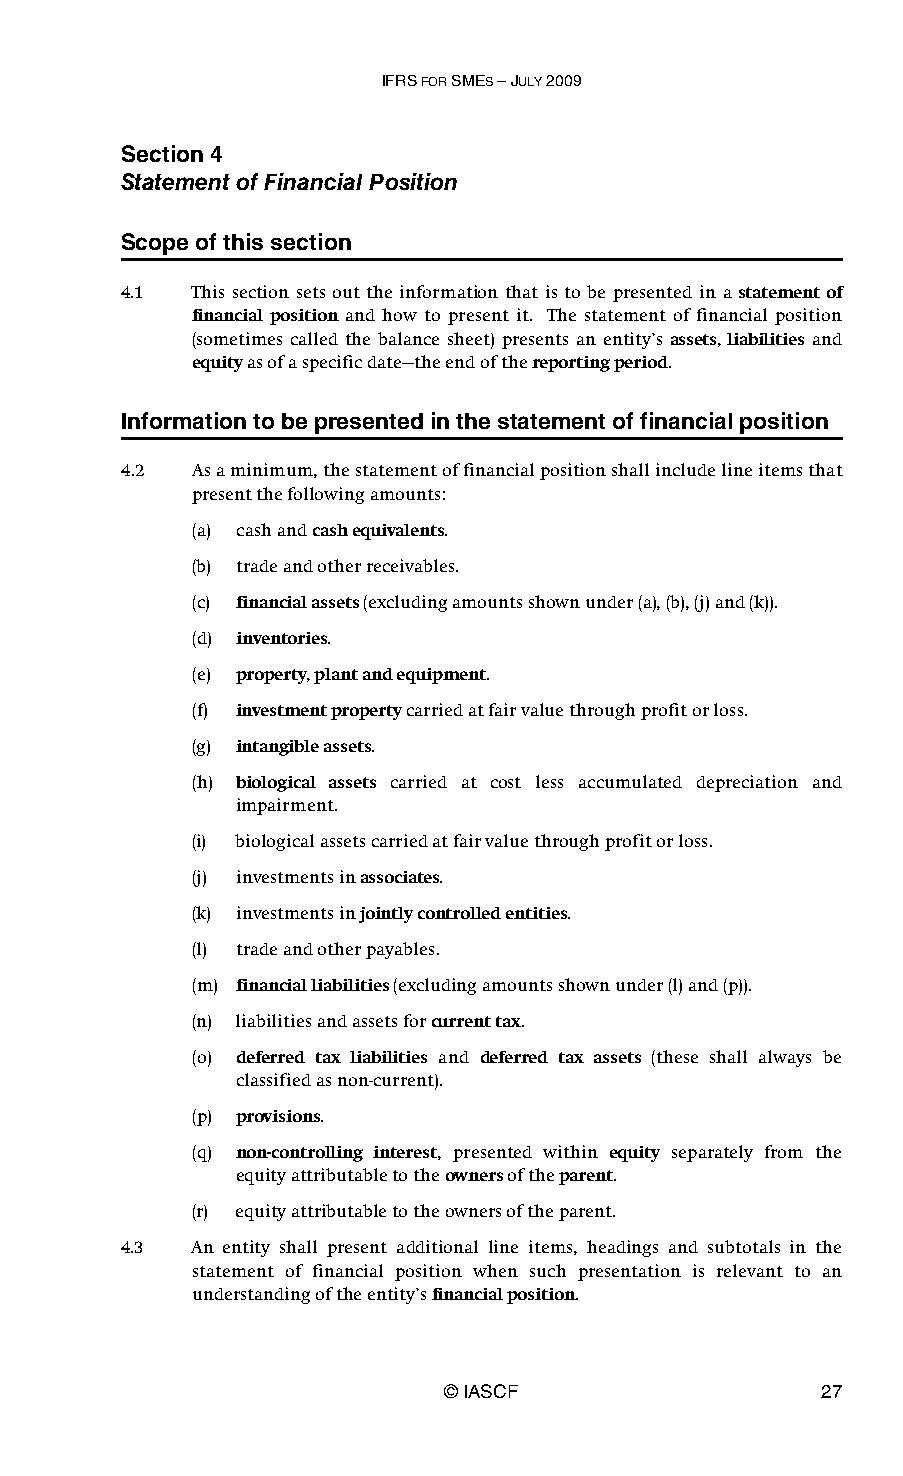
IFRS FOR SMES – JULY 2009
 Section 4
 Statement of Financial Position
 Scope of this section
 4.1  This section sets out the information that is to be presented in a statement of
 financial position and how to present it. The statement of financial position
 (sometimes called the balance sheet) presents an entity’s assets, liabilities and
 equity as of a specific date—the end of the reporting period.
 Information to be presented in the statement of financial position
 4.2  As a minimum, the statement of financial position shall include line items that
 present the following amounts:
 (a) cash and cash equivalents.
 (b) trade and other receivables.
 (c) financial assets (excluding amounts shown under (a), (b), (j) and (k)).
 (d) inventories.
 (e) property, plant and equipment.
 (f) investment property carried at fair value through profit or loss.
 (g) intangible assets.
 (h) biological assets carried at cost less accumulated depreciation and
 impairment.
 (i) biological assets carried at fair value through profit or loss.
 (j) investments in associates.
 (k) investments in jointly controlled entities.
 (l) trade and other payables.
 (m) financial liabilities (excluding amounts shown under (l) and (p)).
 (n) liabilities and assets for current tax.
 (o) deferred tax liabilities and deferred tax assets (these shall always be
 classified as non-current).
 (p) provisions.
 (q) non-controlling interest, presented within equity separately from the
 equity attributable to the owners of the parent.
 (r) equity attributable to the owners of the parent.
 4.3  An entity shall present additional line items, headings and subtotals in the
 statement of financial position when such presentation is relevant to an
 understanding of the entity’s financial position.
 © IASCF                  27